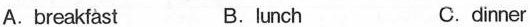
A.breakfast B. lunch C.dinner